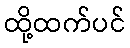
ထို့ထက်ပင်